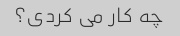
چه کار می کردی؟